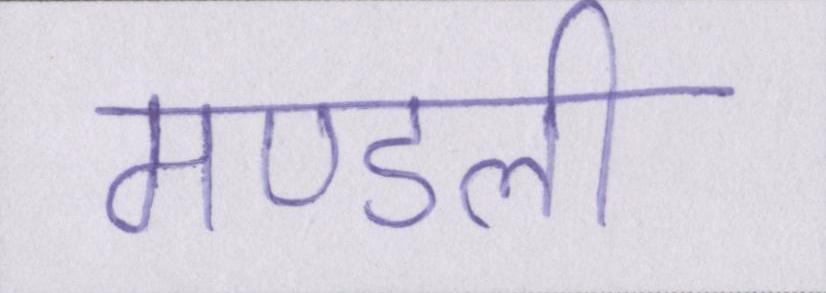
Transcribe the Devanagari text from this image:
मण्डली